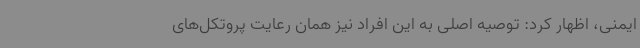
ایمنی، اظهار کرد: توصیه اصلی به این افراد نیز همان رعایت پروتکل‌های